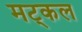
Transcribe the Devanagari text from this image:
मट्कल